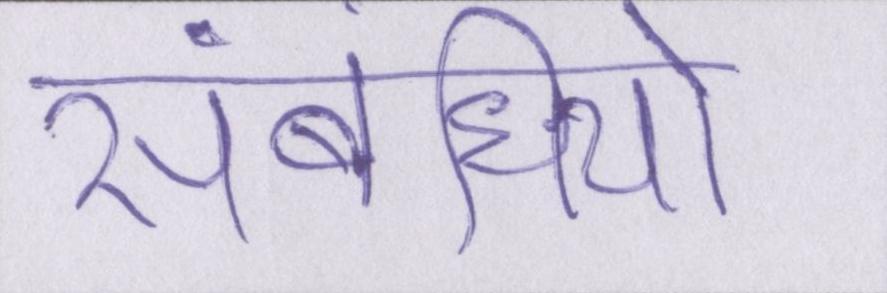
संबंधियो